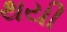
થયી